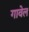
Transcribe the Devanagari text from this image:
गावेल